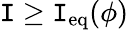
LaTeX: \mathtt{I}\geq\mathtt{I}_{\mathrm{{eq}}}(\phi)